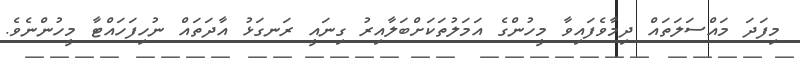
މިފަދަ މައްސަލަތައް ދިމާވެފައިވާ މީހުންގެ އަމަލުތަކަށްބަލާއިރު ގިނައީ ރަނގަޅު އާދަތައް ނުހިފަހައްޓާ މީހުންނެވެ.